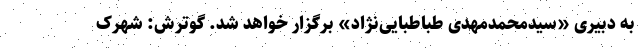
به دبیری «سیدمحمدمهدی طباطبایی‌نژاد» برگزار خواهد شد. گوترش: شهرک